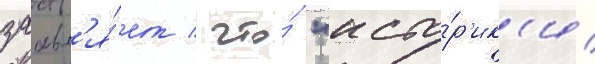
заавл'я́ет / что́ "исто́р'ик'и